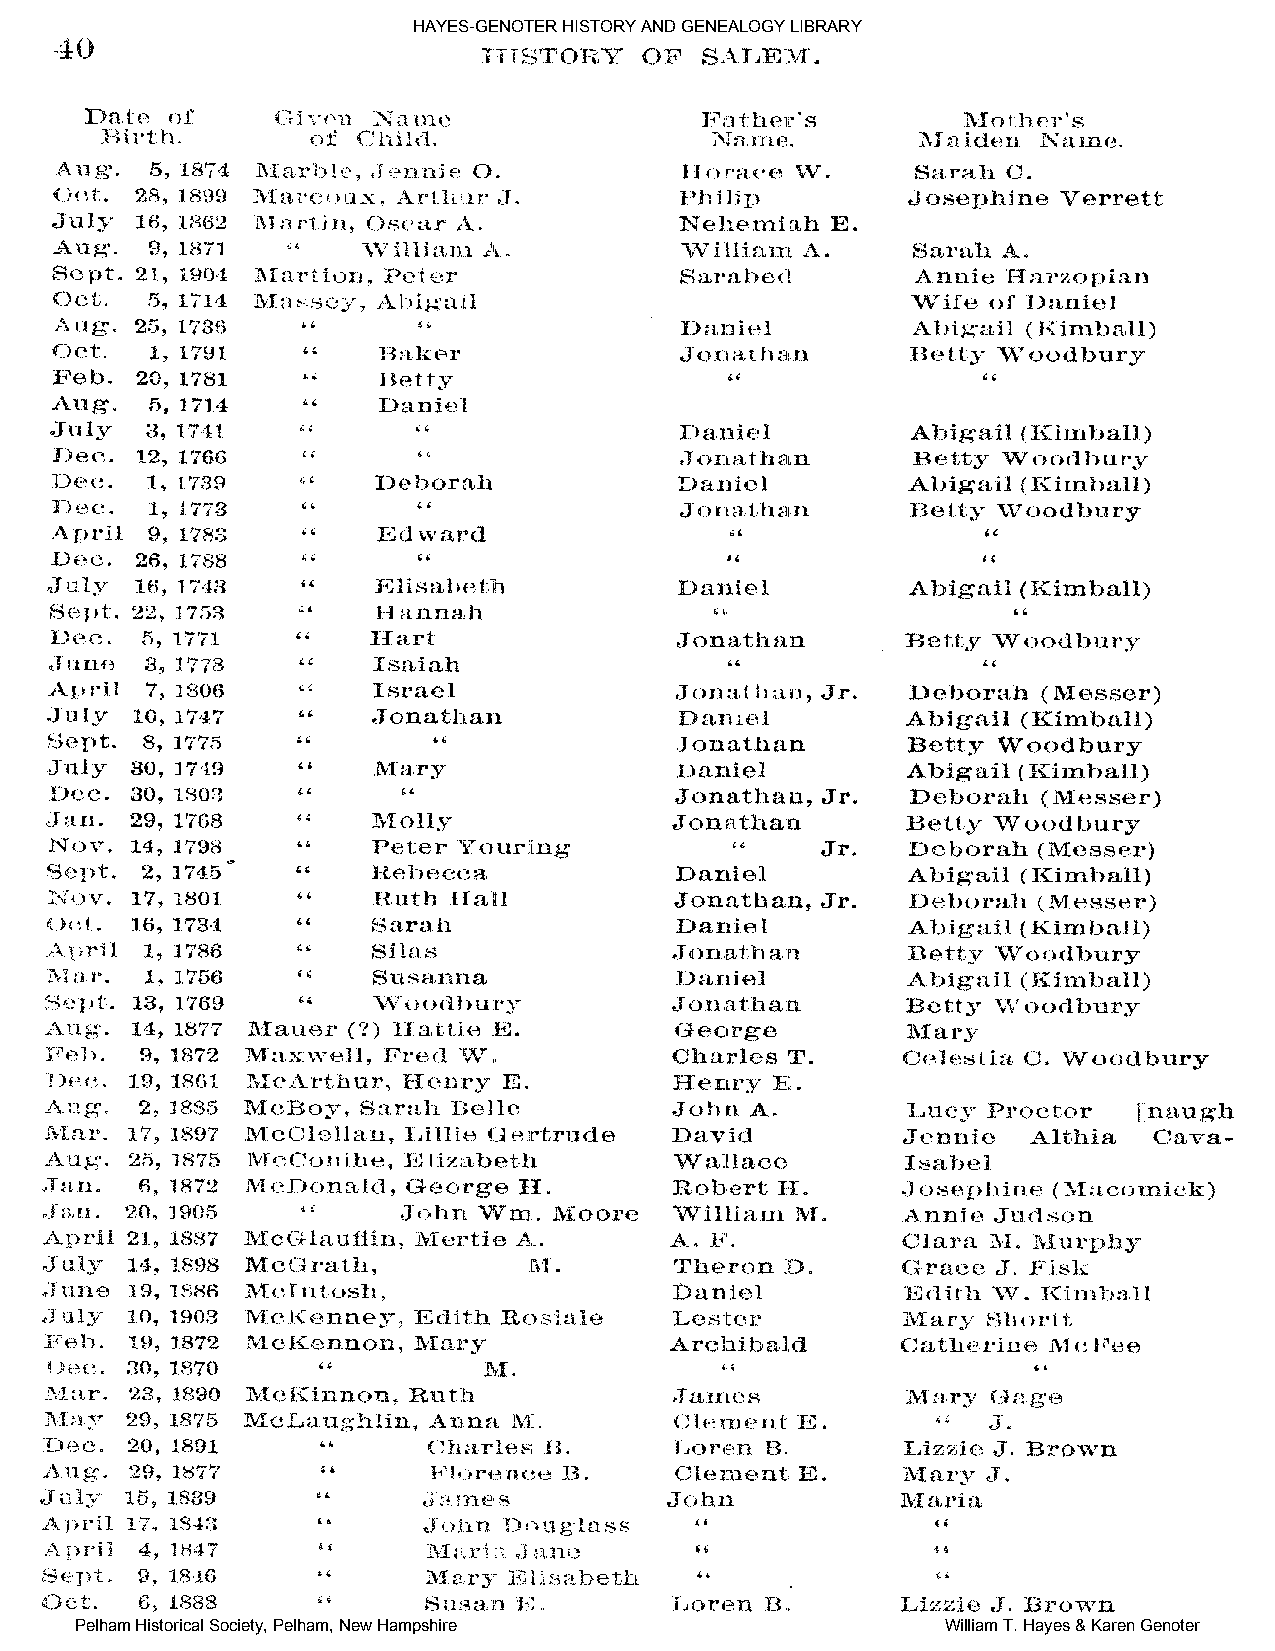
HAYES-GENOTER HISTORY AND GENEALOGY LIBRARY
 Pelham Historical Society, Pelham, New Hampshire          William T. Hayes & Karen Genoter